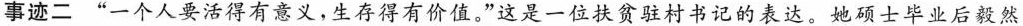
事迹二”一个人要活得有意义，生存得有价值。”这是一位扶贫驻村书记的表达。她硕士毕业后毅然